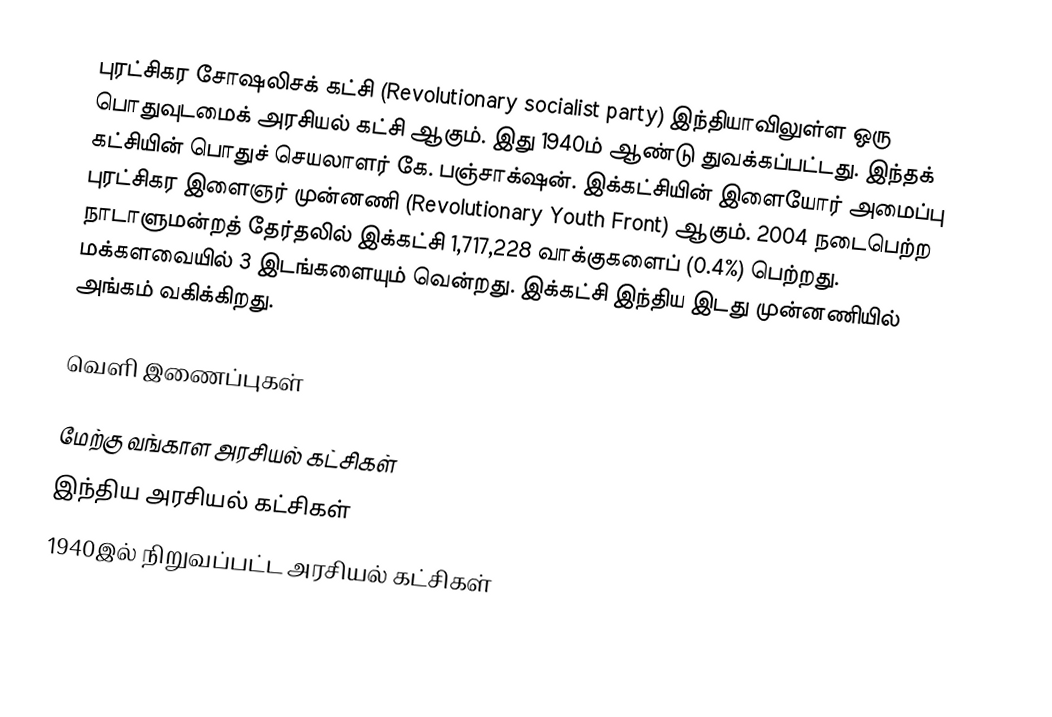
புரட்சிகர சோஷலிசக் கட்சி (Revolutionary socialist party) இந்தியாவிலுள்ள ஒரு பொதுவுடமைக் அரசியல் கட்சி ஆகும். இது 1940ம் ஆண்டு துவக்கப்பட்டது. இந்தக் கட்சியின் பொதுச் செயலாளர் கே. பஞ்சாக்‌ஷன். இக்கட்சியின் இளையோர் அமைப்பு புரட்சிகர இளைஞர் முன்னணி (Revolutionary Youth Front) ஆகும். 2004 நடைபெற்ற நாடாளுமன்றத் தேர்தலில் இக்கட்சி 1,717,228 வாக்குகளைப் (0.4%) பெற்றது. மக்களவையில் 3 இடங்களையும் வென்றது. இக்கட்சி இந்திய இடது முன்னணியில் அங்கம் வகிக்கிறது.

வெளி இணைப்புகள்

மேற்கு வங்காள அரசியல் கட்சிகள்
இந்திய அரசியல் கட்சிகள்
1940இல் நிறுவப்பட்ட அரசியல் கட்சிகள்